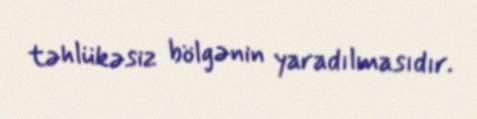
təhlükəsiz bölgənin yaradılmasıdır.